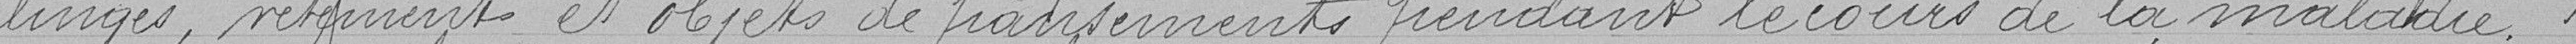
linges, vêtements et objets de pansements pendant le cours de la maladie.